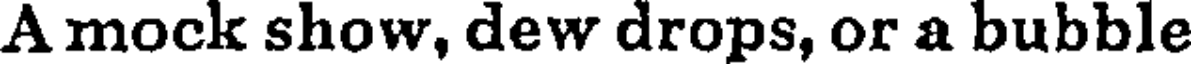
A mock show, dew drops, or a bubble